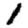
Digit: 1